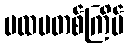
ပထမတစ်ကြိမ်